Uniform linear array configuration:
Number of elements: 12
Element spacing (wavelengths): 0.25
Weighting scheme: exponential
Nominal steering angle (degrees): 45
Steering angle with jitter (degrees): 45.469
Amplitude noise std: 0.05
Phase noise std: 0.05

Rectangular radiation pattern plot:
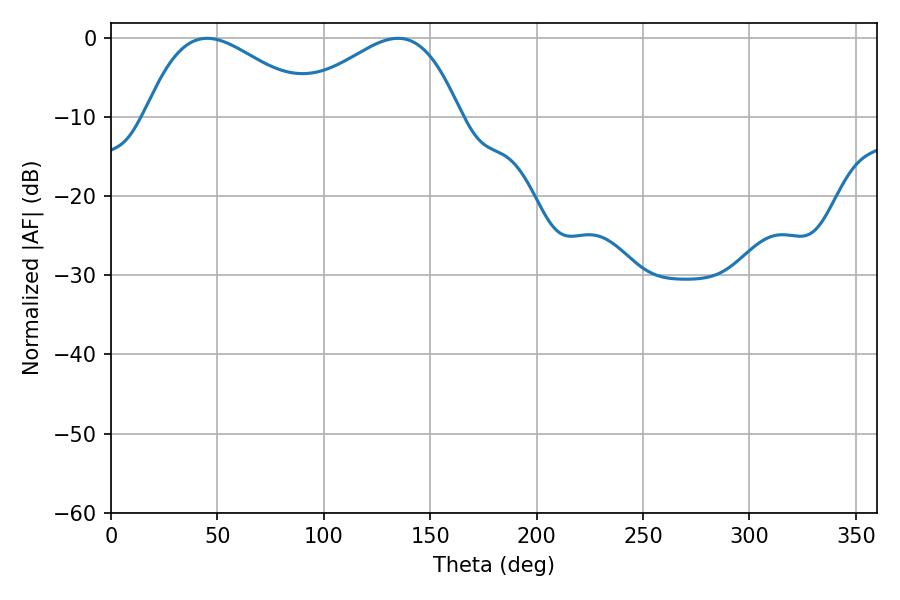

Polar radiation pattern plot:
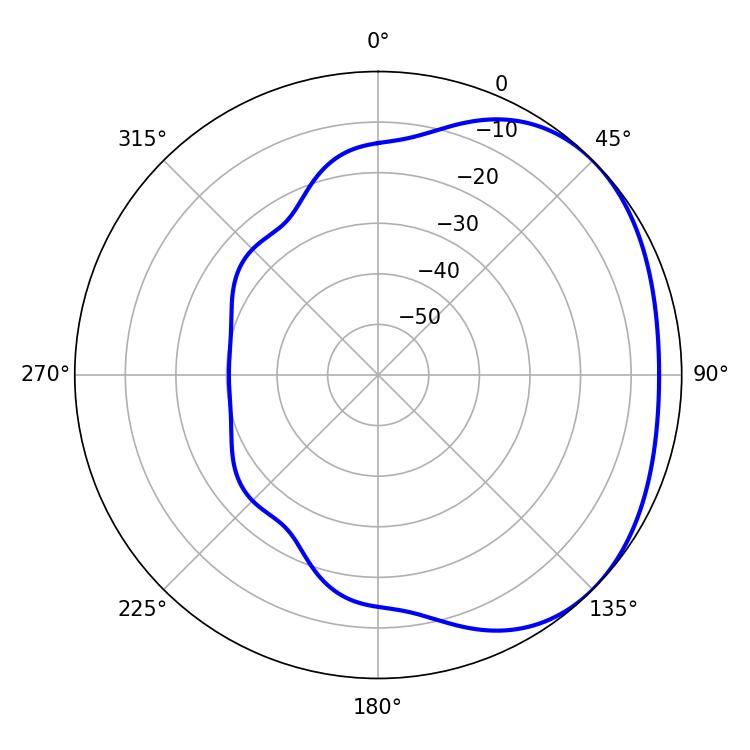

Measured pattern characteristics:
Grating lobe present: FALSE
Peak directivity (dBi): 2.261
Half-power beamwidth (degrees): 43.02
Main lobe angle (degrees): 45.18